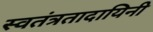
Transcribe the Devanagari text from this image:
स्वतंत्रतादायिनी